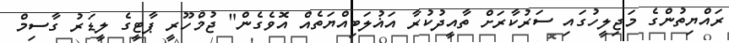
ރައްޔިތުންގެ މަޖިލީހުގައި ސަރުކާރަށް ތާއީދުކުރާ އަޣުލަބިއްޔަތެއް އޮވެގެން" ޖުމްހޫރީ ޕާޓީގެ ލީޑަރު ގާސިމް